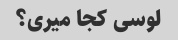
لوسی کجا میری؟